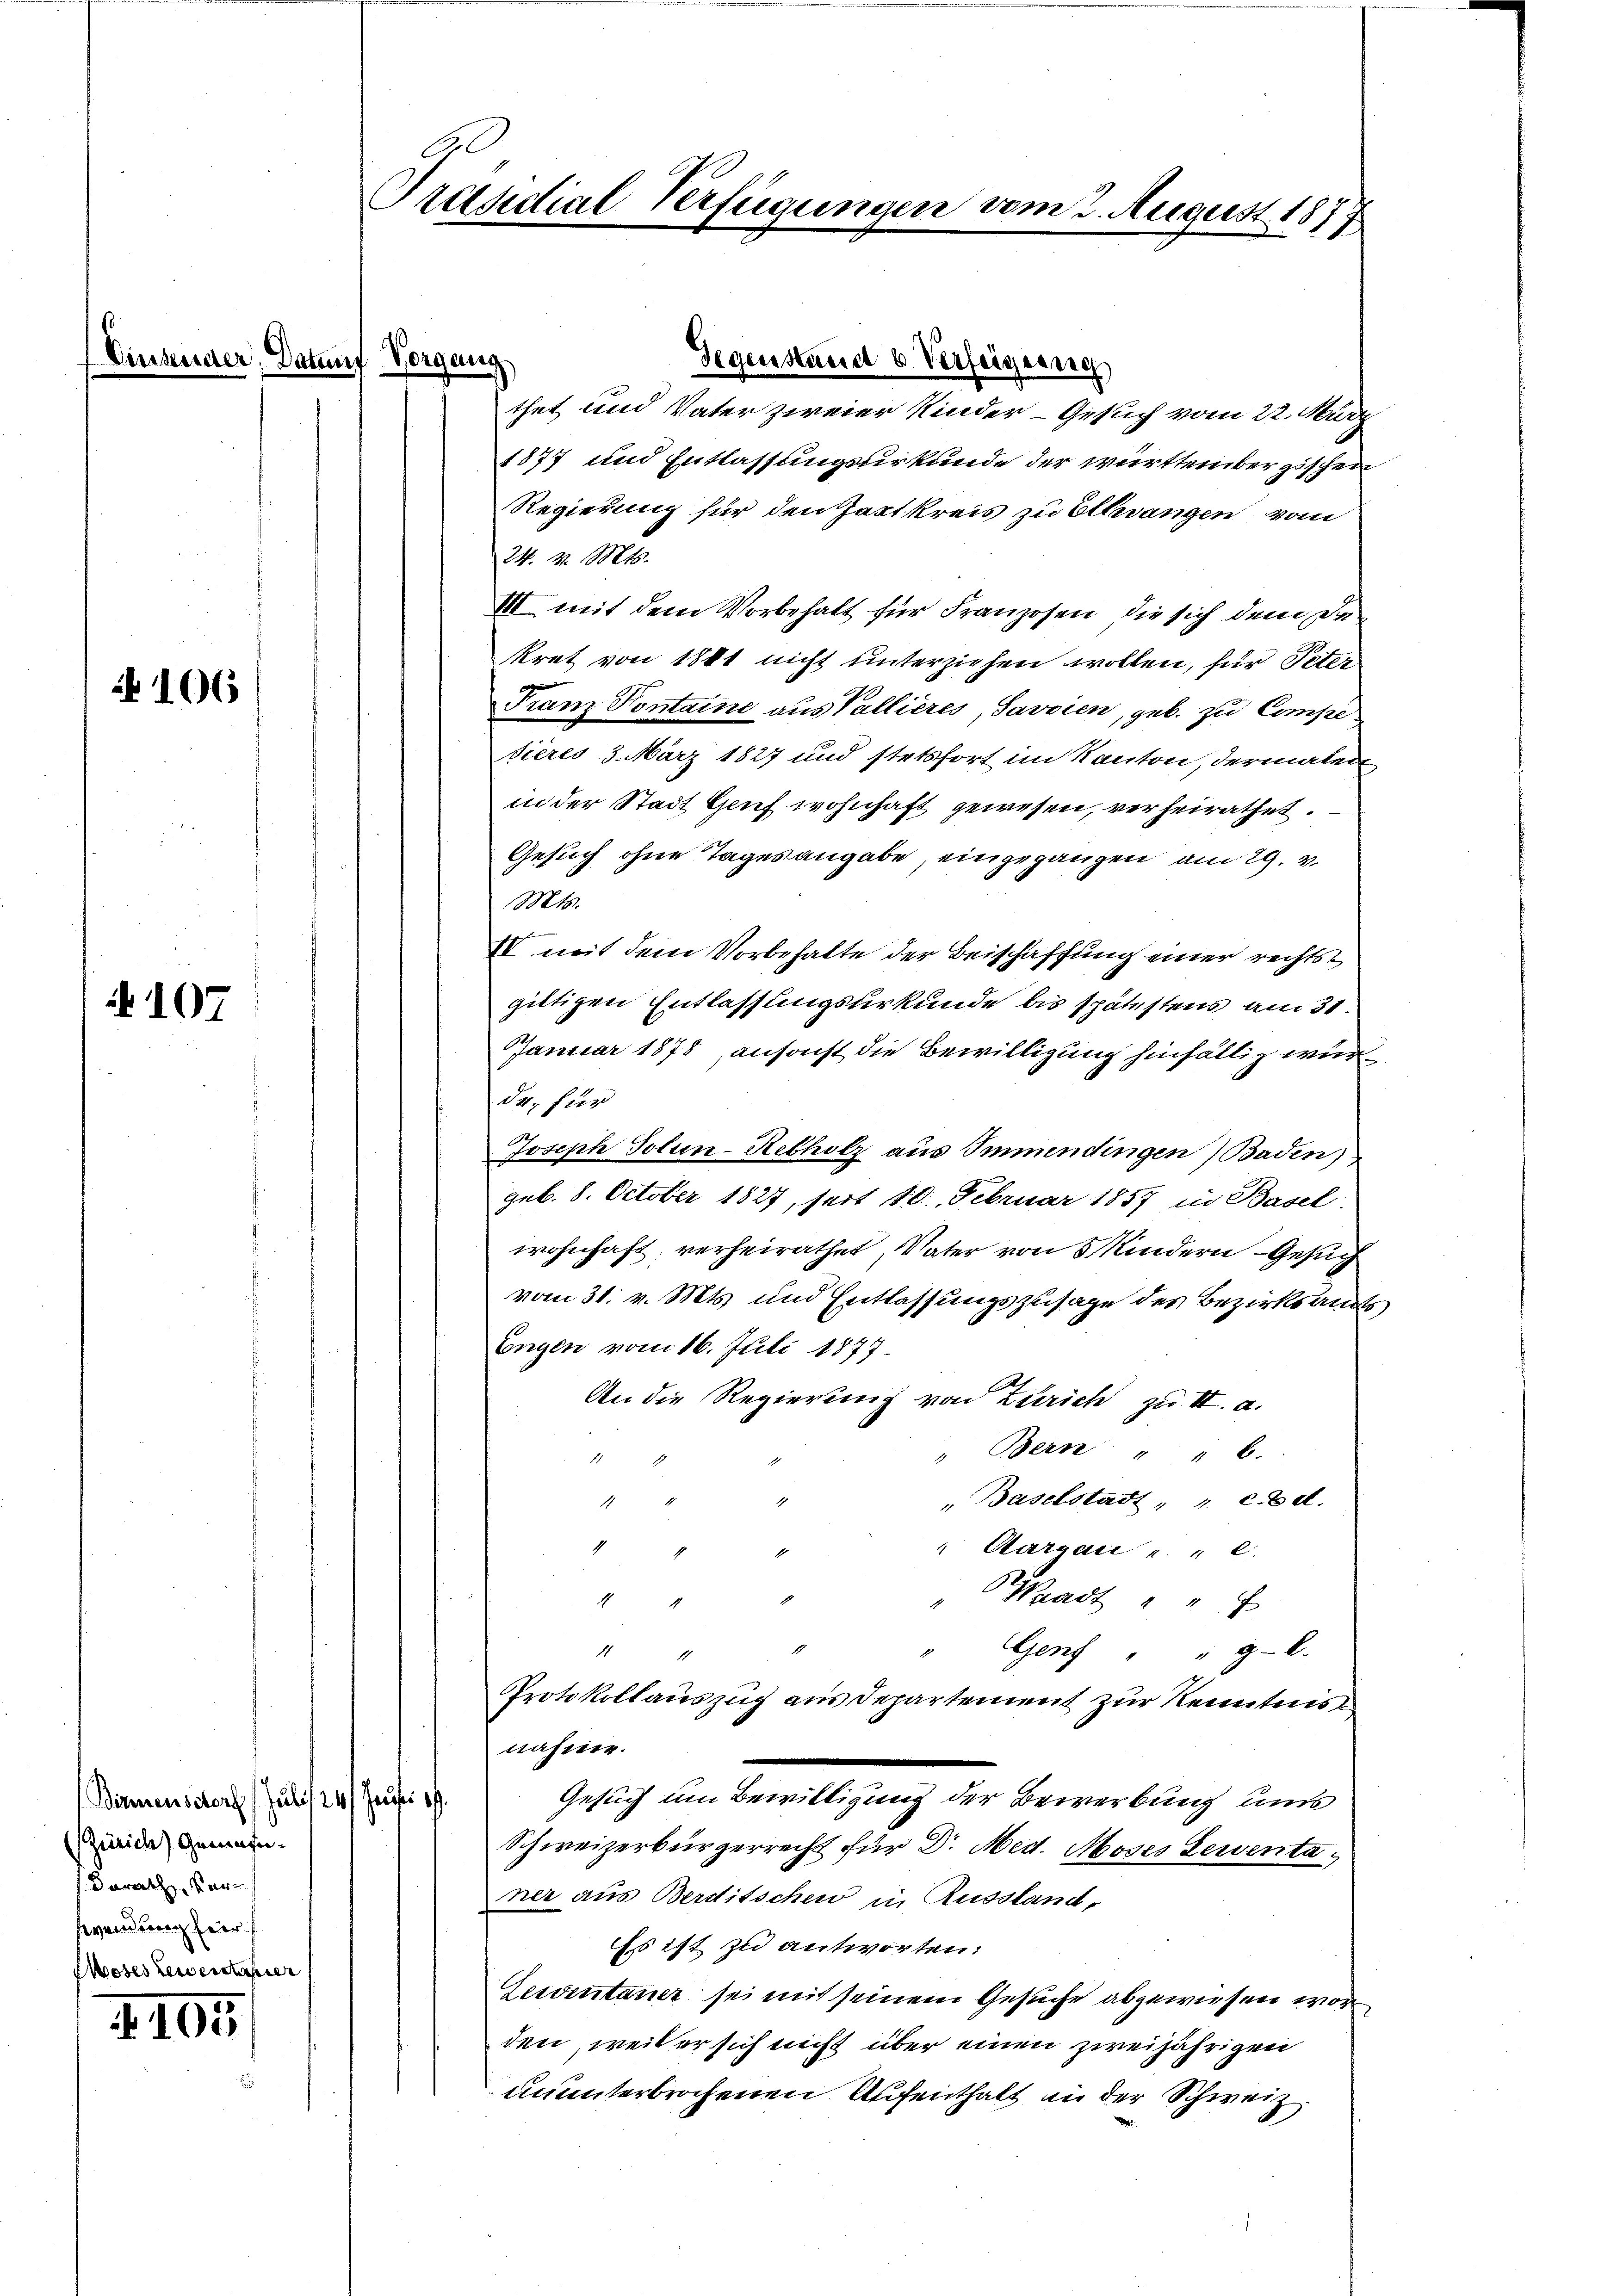
106

107

105

Birmenscharf (Juli/24/ Heust 19.
(Zürich) Gemeinderath Verwendung hier

Präsidial-Verfügungen vom 2. August 1817

d. Datum Vorgang

Gegenstand u. Verfeigung
thet und Vater zweier Kinder - Gesuch vom 22. März
1877 und Entlassungsurkunde der württembergischen
Regierung für den Zartkreis zu Ellerangen vom
24. v. Mts.
II mit dem Vorbehalt für Franzosen, die sich dem da-
kret von 1881 nicht unterziehen wollen, für Peter
Franz Pontaine aus Pallieres, Savoien, geb. zu Compe
dieres 3. März 1827 und stetsfort im Kanton, dermalen
in der Stadt Genf wohnhaft gewesen, verheirathet.
Gesuch ohne Tagesangabe eingegangen am 29. v.
Mts.
IV mit dem Vorbehalte der Beischaffung einer rechts
giltigen Entlassungsurkunde bis spätestens am 31.
Januar 1875, ansonst die Bewilligung hinfällig wurde, für
Joseph Solen-Rebholz aus Immendingen Baden)
geb. 8. October 1827, seit 10. Februar 1857 in Basel
wohnhaft verheirathet, Vater von Kindern - Gesuch
vom 31. v. Mts. und Entlassungszusage des Bezirksamt
Engen vom 16. Juli 1877
An die Regierung von Zürich zu II. a.
" Bern " " 6.
1
" Baselstadt " " c. Bd.
4
8
" Aargau u. " C.
Prast " "
4
A
" Genf " " 9-E.
7
Protokollauszug aus Departement zur Kenntnis
nahme.
Gesuch um Bewilligung der Bewerbung uns
Schweizerbürgerrecht für Dr. Med. Moses Leventaner aus Berditschew in Russland,
Es ist zu antworten:
Gerventaner sei mit seinem Gesuche abgewiesen worden, weil er sich nicht über einen zweijährigen
ununterbrochenen Aufenthalt in der Schweiz.